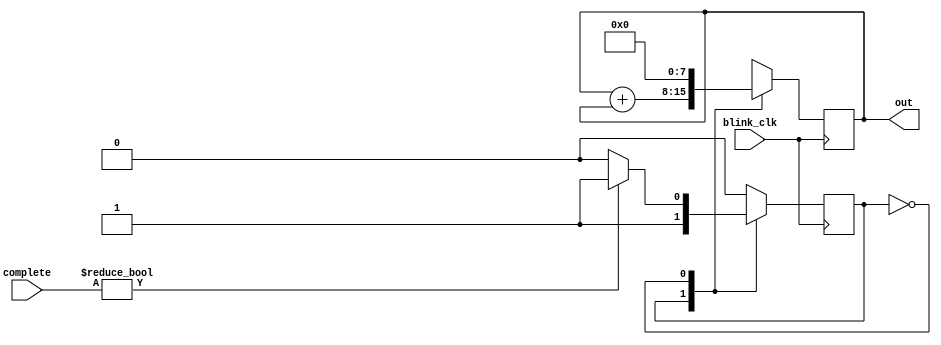
module blink(
input					blink_clk,
input 	[7:0]	 	complete,
output 	[7:0] 	out  
);

//period 		= 0.25 seconds
//frequency 	= 1 000 000 Hz
//wait time		= 250 000 cycles

	parameter 	PERIOD	= 250000;
	reg			state		= 1'b0;
	parameter	s_on		= 1'b1;
	parameter	s_off		= 1'b0;
	reg	[7:0]	out;
	
	always @(posedge blink_clk)
		begin
			case (state)
					s_on :
						begin		
						
							out <= 8'h01;
						
							repeat (8)
								begin
									out <= out + out;
								
									if (complete == 8'h00)
										begin
											state <= s_off;
										end
								end
								
							state <= s_on;
							
						end
					s_off :
						begin
							out <= 8'h00;
							
							if (complete)
							begin
								state <= s_on;
							end
						end
				endcase
		end

endmodule